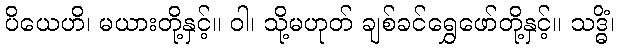
ပိယေဟိ၊ မယားတို့နှင့်။ ဝါ၊ သို့မဟုတ် ချစ်ခင်ရွှေဖော်တို့နှင့်။ သဒ္ဓိံ၊